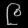
Digit: ၉